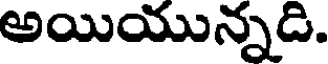
అయియున్నడి.